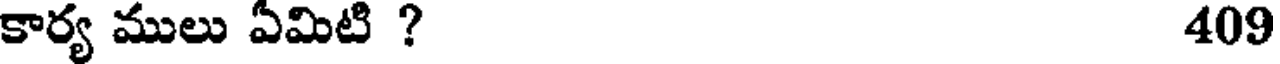
కార్య ములు ఏమిటి ? 409